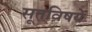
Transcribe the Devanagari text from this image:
सूतविषये